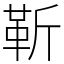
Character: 靳